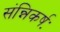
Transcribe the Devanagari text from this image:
संन्निकर्षः